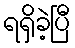
ရရှိခဲ့ပြီ